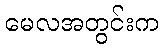
မေလအတွင်းက